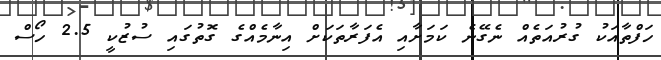
ހަފްތާއަކު ގުރުއަތެއް ނެގޭނެ ކަމަށާއި އެފަރާތަކަށް އިނާމެއްްގެ ގޮތުގައި ސުޒުކީ 2.5 ހޯސް